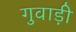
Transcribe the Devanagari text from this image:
गुवाड़ी